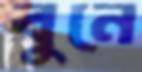
বুনে